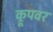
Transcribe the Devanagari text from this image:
क्रूपवर